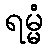
ရမ္မံ